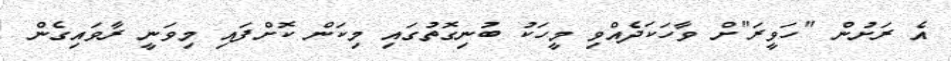
އެ ރަށުން "ހަވީރަ"ށް ވާހަކަދެއްވި މީހަކު ބުނިގޮތުގައި މިކަން ކޮށްފައި މިވަނީ ރާވައިގެން